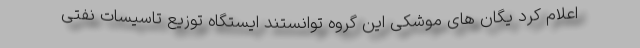
اعلام کرد یگان های موشکی این گروه توانستند ایستگاه توزیع تاسیسات نفتی